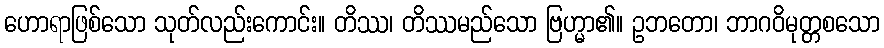
ဟောရာဖြစ်သော သုတ်လည်းကောင်း။ တိဿ၊ တိဿမည်သော ဗြဟ္မာ၏။ ဥဘတော၊ ဘာဂဝိမုတ္တစသော